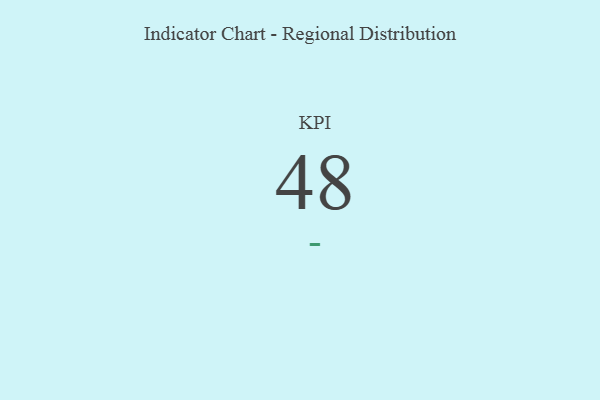
{"axis": {"x": "KPI", "y": "Value"}, "legend": [""], "data": [{"x": "KPI", "y": 48, "type": ""}]}